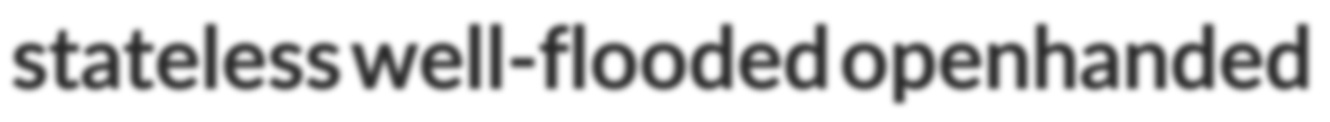
stateless well-flooded openhanded